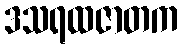
ဒသရထဇာတက